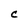
Character: C